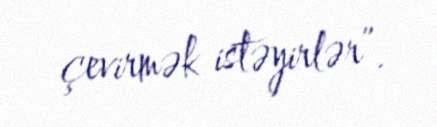
çevirmək istəyirlər”.